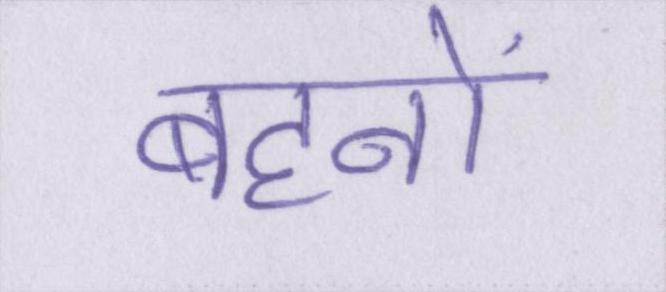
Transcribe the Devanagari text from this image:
बहनों